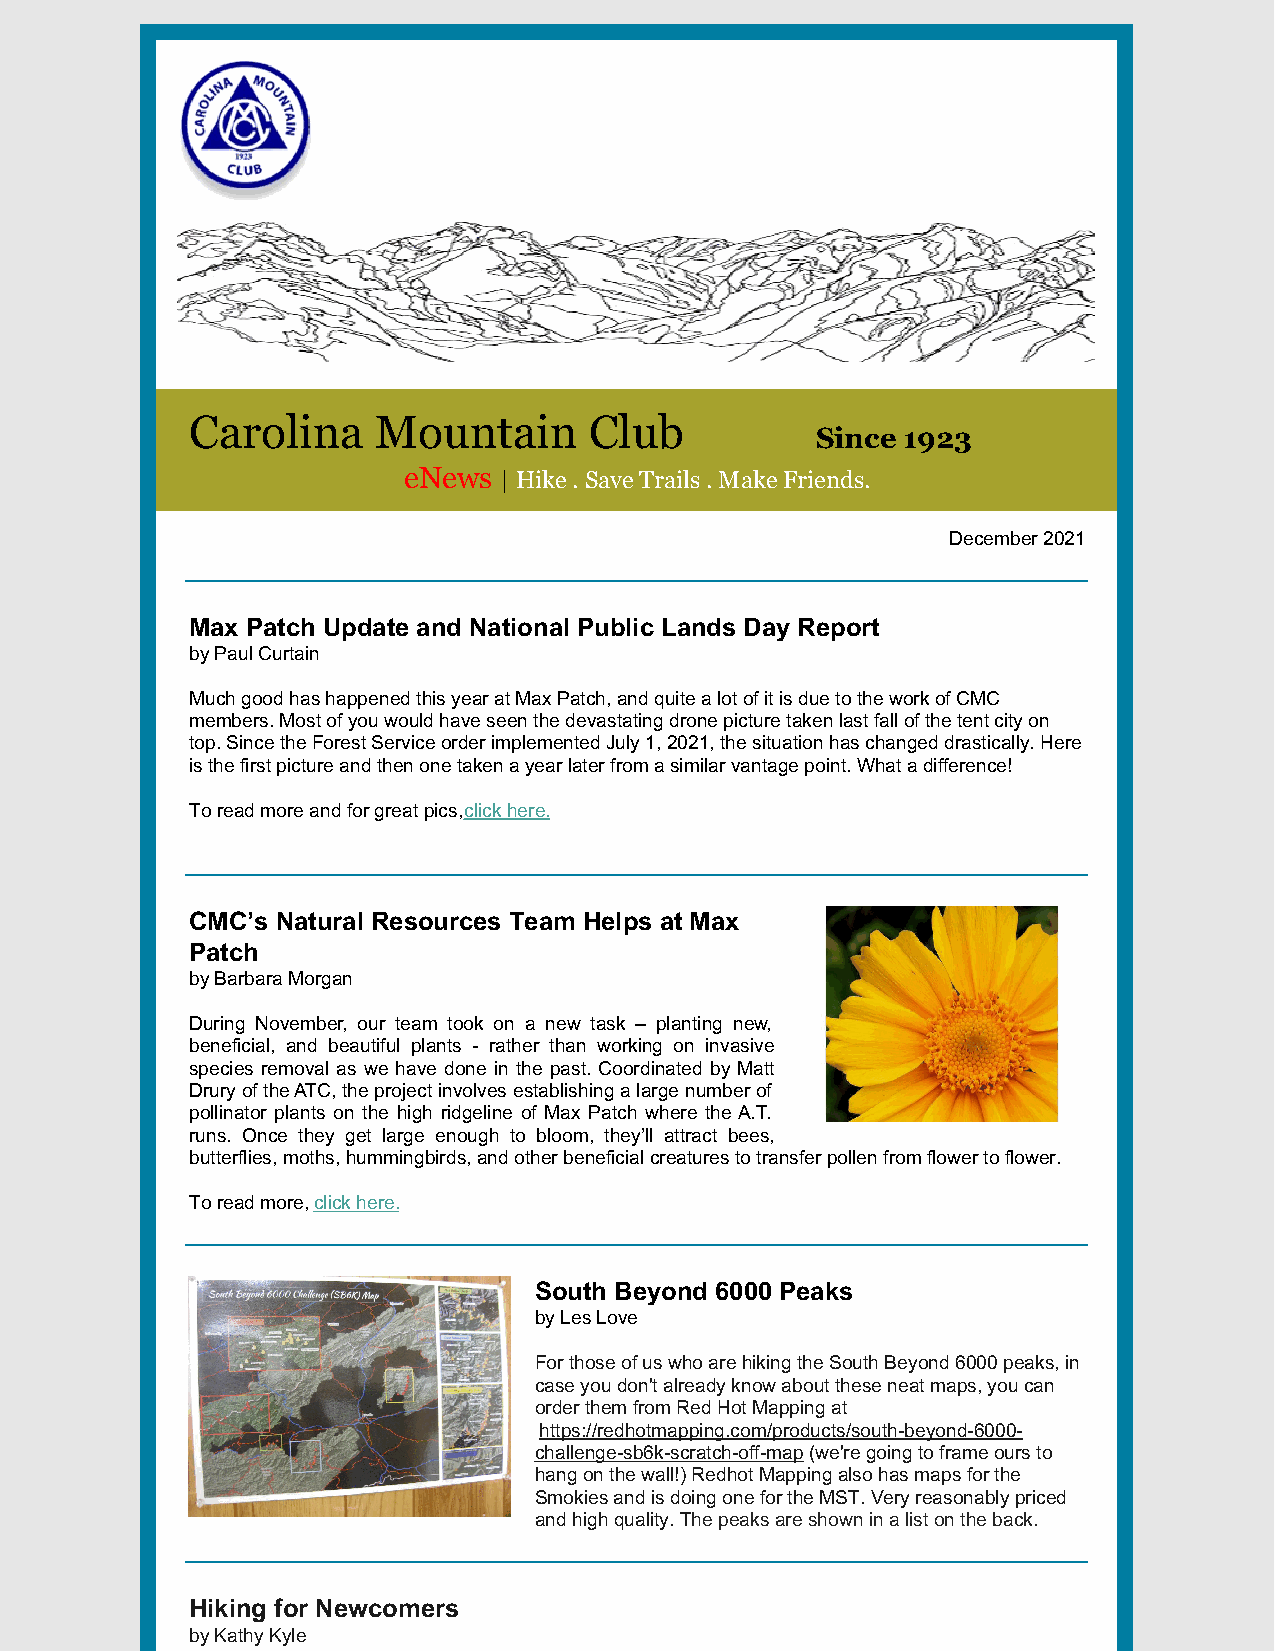
Carolina    Mountain      Club
 Since 1923
 eNews | Hike . Save Trails . Make Friends.
 December 2021
 Max Patch Update and National Public Lands Day Report
 by Paul Curtain
 Much good has happened this year at Max Patch, and quite a lot of it is due to the work of CMC
 members. Most of you would have seen the devastating drone picture taken last fall of the tent city on
 top. Since the Forest Service order implemented July 1, 2021, the situation has changed drastically. Here
 is the first picture and then one taken a year later from a similar vantage point. What a difference!
 To read more and for great pics, click here.
 CMC’s Natural Resources Team Helps at Max
 Patch
 by Barbara Morgan
 During November, our team took on a new task – planting new,
 beneficial, and beautiful plants - rather than working on invasive
 species removal as we have done in the past. Coordinated by Matt
 Drury of the ATC, the project involves establishing a large number of
 pollinator plants on the high ridgeline of Max Patch where the A.T.
 runs. Once they get large enough to bloom, they’ll attract bees,
 butterflies, moths, hummingbirds, and other beneficial creatures to transfer pollen from flower to flower.
 To read more, click here.
 South Beyond 6000 Peaks
 by Les Love
 For those of us who are hiking the South Beyond 6000 peaks, in
 case you don't already know about these neat maps, you can
 order them from Red Hot Mapping at
 https://redhotmapping.com/products/south-beyond-6000-
 challenge-sb6k-scratch-off-map (we're going to frame ours to
 hang on the wall!) Redhot Mapping also has maps for the
 Smokies and is doing one for the MST. Very reasonably priced
 and high quality. The peaks are shown in a list on the back.
 Hiking for Newcomers
 by Kathy Kyle